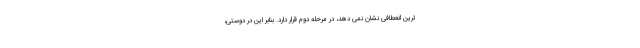
ترین انعطافی نشان نمی دهد، در مرحله دوم قرار دارد. بنابر این در دوستی،